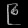
Digit: ၉